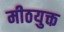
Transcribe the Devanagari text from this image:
मीठयुक्त